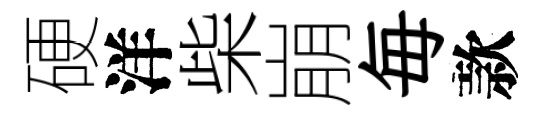
硬洋柴崩毎款